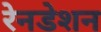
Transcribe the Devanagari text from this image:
रेनडेशन